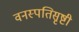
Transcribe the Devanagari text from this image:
वनस्पतिसृष्टी